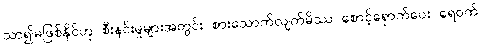
သာ၍မဖြစ်နိုင်ဟု စီးနင်းမှုများအတွင်း စားသောက်လျက်မိဿ စောင့်ရှောက်ပေး ရေဝက်